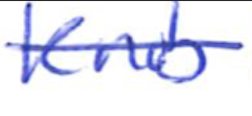
Text: Knob
Cross-out: mix
Writing tool: ballpoint